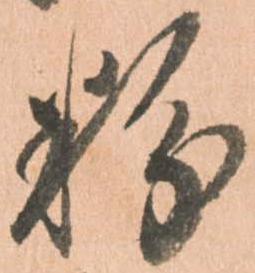
粉